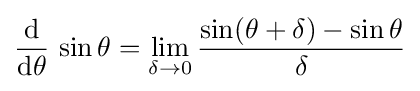
{\frac {\operatorname {d} }{\operatorname {d} \!\theta }}\,\sin \theta =\lim _{\delta \to 0}{\frac {\sin(\theta +\delta )-\sin \theta }{\delta }}